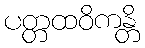
ပတ္တထဝိကန္တိ